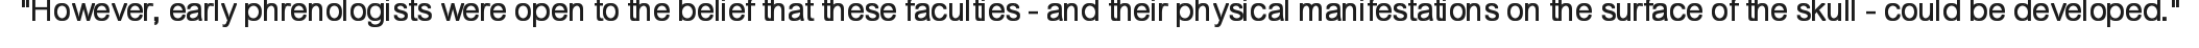
"However, early phrenologists were open to the belief that these faculties - and their physical manifestations on the surface of the skull - could be developed."